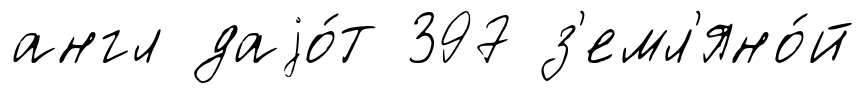
англ даjо́т 397 з'емл'яно́й